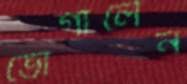
ভোগালেন